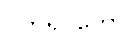
ပတိရူပကော